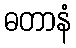
ဓတာနံ